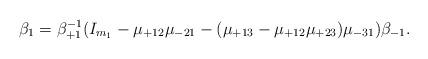
LaTeX: \begin{align*}\beta_1 = \beta_{+1}^{-1} (I_{m_1} - \mu_{+12} \mu_{-21} - (\mu_{+13}- \mu_{+12} \mu_{+23}) \mu_{-31}) \beta_{-1}. \end{align*}